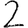
Digit: 2